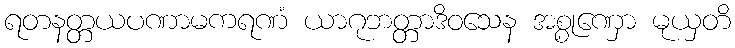
ရတနတ္တယပဏာမကရဏံ ယာဂုဘတ္တာဒိဝသေန အစ္စုဏှော မုယှတိ